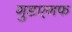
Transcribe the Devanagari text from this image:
गुडएनफ